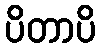
ပိတာပိ